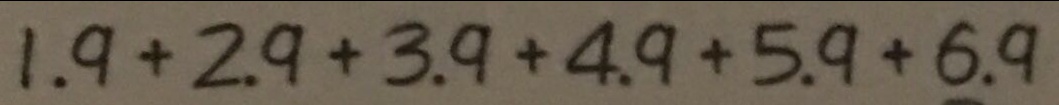
1 . 9 + 2 . 9 + 3 . 9 + 4 . 9 + 5 . 9 + 6 . 9